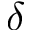
\delta